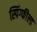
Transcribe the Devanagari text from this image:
स्पिंग्फील्ड